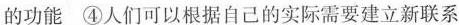
的功能 ④人们可以根据自己的实际需要建立新联系